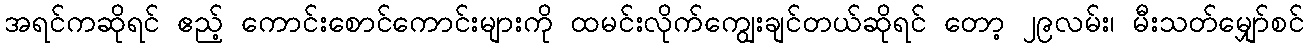
အရင်ကဆိုရင် ဧည့် ကောင်းစောင်ကောင်းများကို ထမင်းလိုက်ကျွေးချင်တယ်ဆိုရင် တော့ ၂၉လမ်း၊ မီးသတ်မျှော်စင်